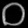
Digit: ၀